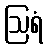
ဩရံ